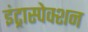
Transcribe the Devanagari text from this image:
इंट्रास्पेक्शन